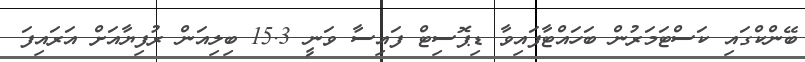
ބޭންކްގައި ކަސްޓަމަރުން ބަހައްޓާފައިވާ ޑިޕޮސިޓް ފައިސާ ވަނީ 15.3 ބިލިއަން ރުފިޔާއަށް އަރައިފަ